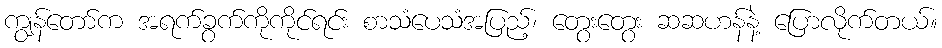
ကျွန်တော်က အရက်ခွက်ကိုကိုင်ရင်း စာသံပေသံအပြည့်၊ တွေးတွေး ဆဆဟန်နဲ့ ပြောလိုက်တယ်။